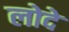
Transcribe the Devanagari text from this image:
लोदे